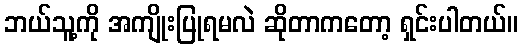
ဘယ်သူ့ကို အကျိုးပြုရမလဲ ဆိုတာကတော့ ရှင်းပါတယ်။